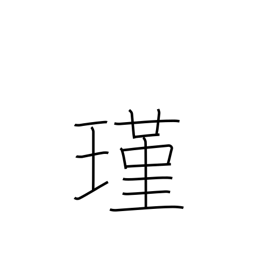
Meaning: jewel